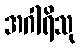
အဂါရိသု